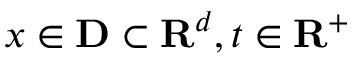
x \in \mathbf { D } \subset \mathbf { R } ^ { d } , t \in \mathbf { R } ^ { + }